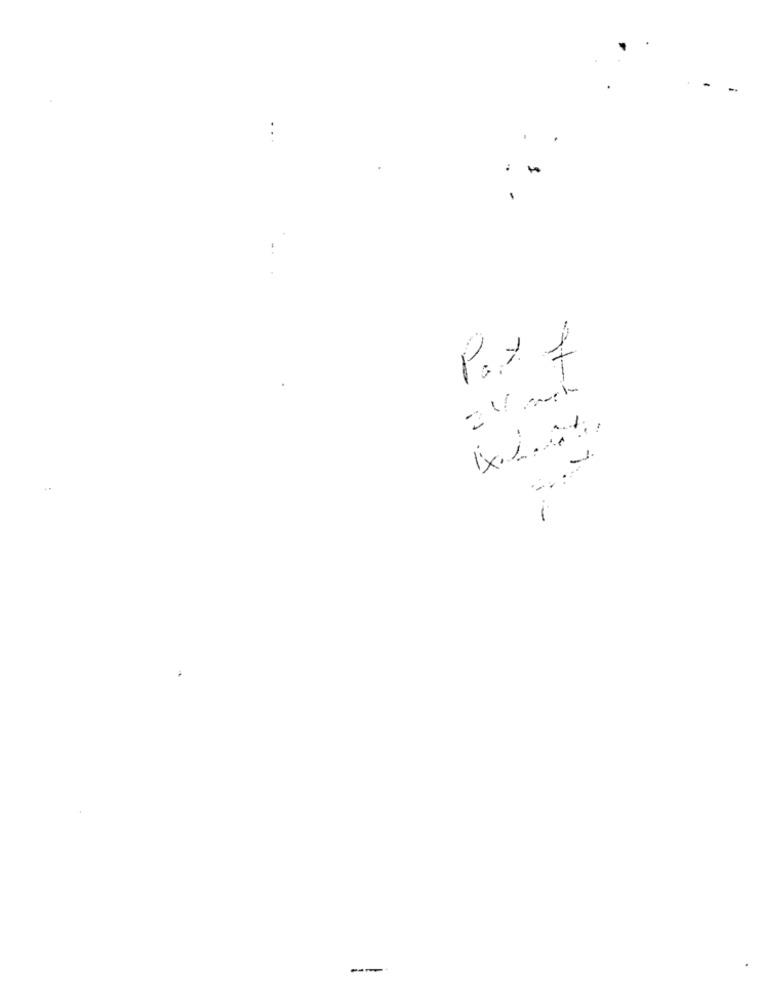
--
--